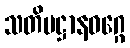
သတိပဋ္ဌာနဝဂ္ဂေ